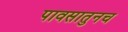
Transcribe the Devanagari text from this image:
पावसातुनच